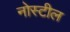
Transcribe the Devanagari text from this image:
नोस्टील